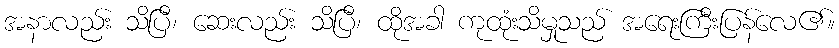
အနာလည်း သိပြီ၊ ဆေးလည်း သိပြီ၊ ထိုအခါ ကုထုံးသိမှုသည် အရေးကြီးပြန်လေ၏။